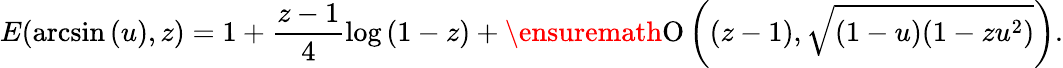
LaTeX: E(\arcsin{(u)},z)=1+\frac{z-1}{4}\log{(1-z)}+\ensuremath{\operatorname{O}\left((z-1),\sqrt{(1-u)(1-zu^{2})}\right)}.